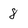
Character: 8